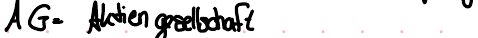
AG = Aktiengesellschaft